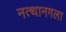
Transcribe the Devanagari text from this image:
नत्थानगला